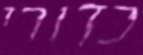
כדורי